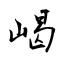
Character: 嵑